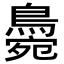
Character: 𪂭